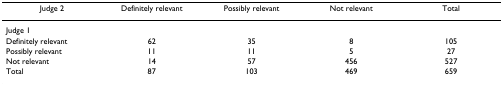
<table><thead><tr><td><b>Judge 2</b></td><td><b>Definitely relevant</b></td><td><b>Possibly relevant</b></td><td><b>Not relevant</b></td><td><b>Total</b></td></tr></thead><tbody><tr><td>Judge 1</td><td></td><td></td><td></td><td></td></tr><tr><td>Definitely relevant</td><td>62</td><td>35</td><td>8</td><td>105</td></tr><tr><td>Possibly relevant</td><td>11</td><td>11</td><td>5</td><td>27</td></tr><tr><td>Not relevant</td><td>14</td><td>57</td><td>456</td><td>527</td></tr><tr><td>Total</td><td>87</td><td>103</td><td>469</td><td>659</td></tr></tbody></table>